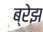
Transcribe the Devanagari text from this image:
ब्रेझ